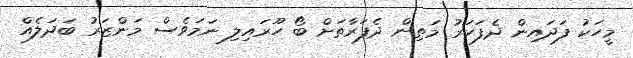
މީހަކު ފަދައިން ދެފަހަރު މަތިން ދެފަރާތަށް ބޯ ހޫރައިލި ނަމަވެސް މަންޒަރު ބަދަލެއް